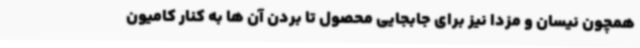
همچون نیسان و مزدا نیز برای جابجایی محصول تا بردن آن ها به کنار کامیون